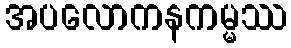
အပလောကနကမ္မဿ